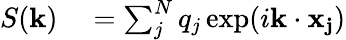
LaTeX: \begin{array}{rl}{S(\mathbf{k})}&{{}=\sum_{j}^{N}q_{j}\exp(i\mathbf{k}\cdot\mathbf{x_{j}})}\end{array}